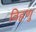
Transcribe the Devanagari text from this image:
विहणु